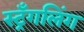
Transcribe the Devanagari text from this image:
स्ट्रँगलिंग